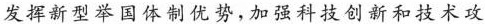
发挥新型举国体制优势，加强科技创新和技术攻